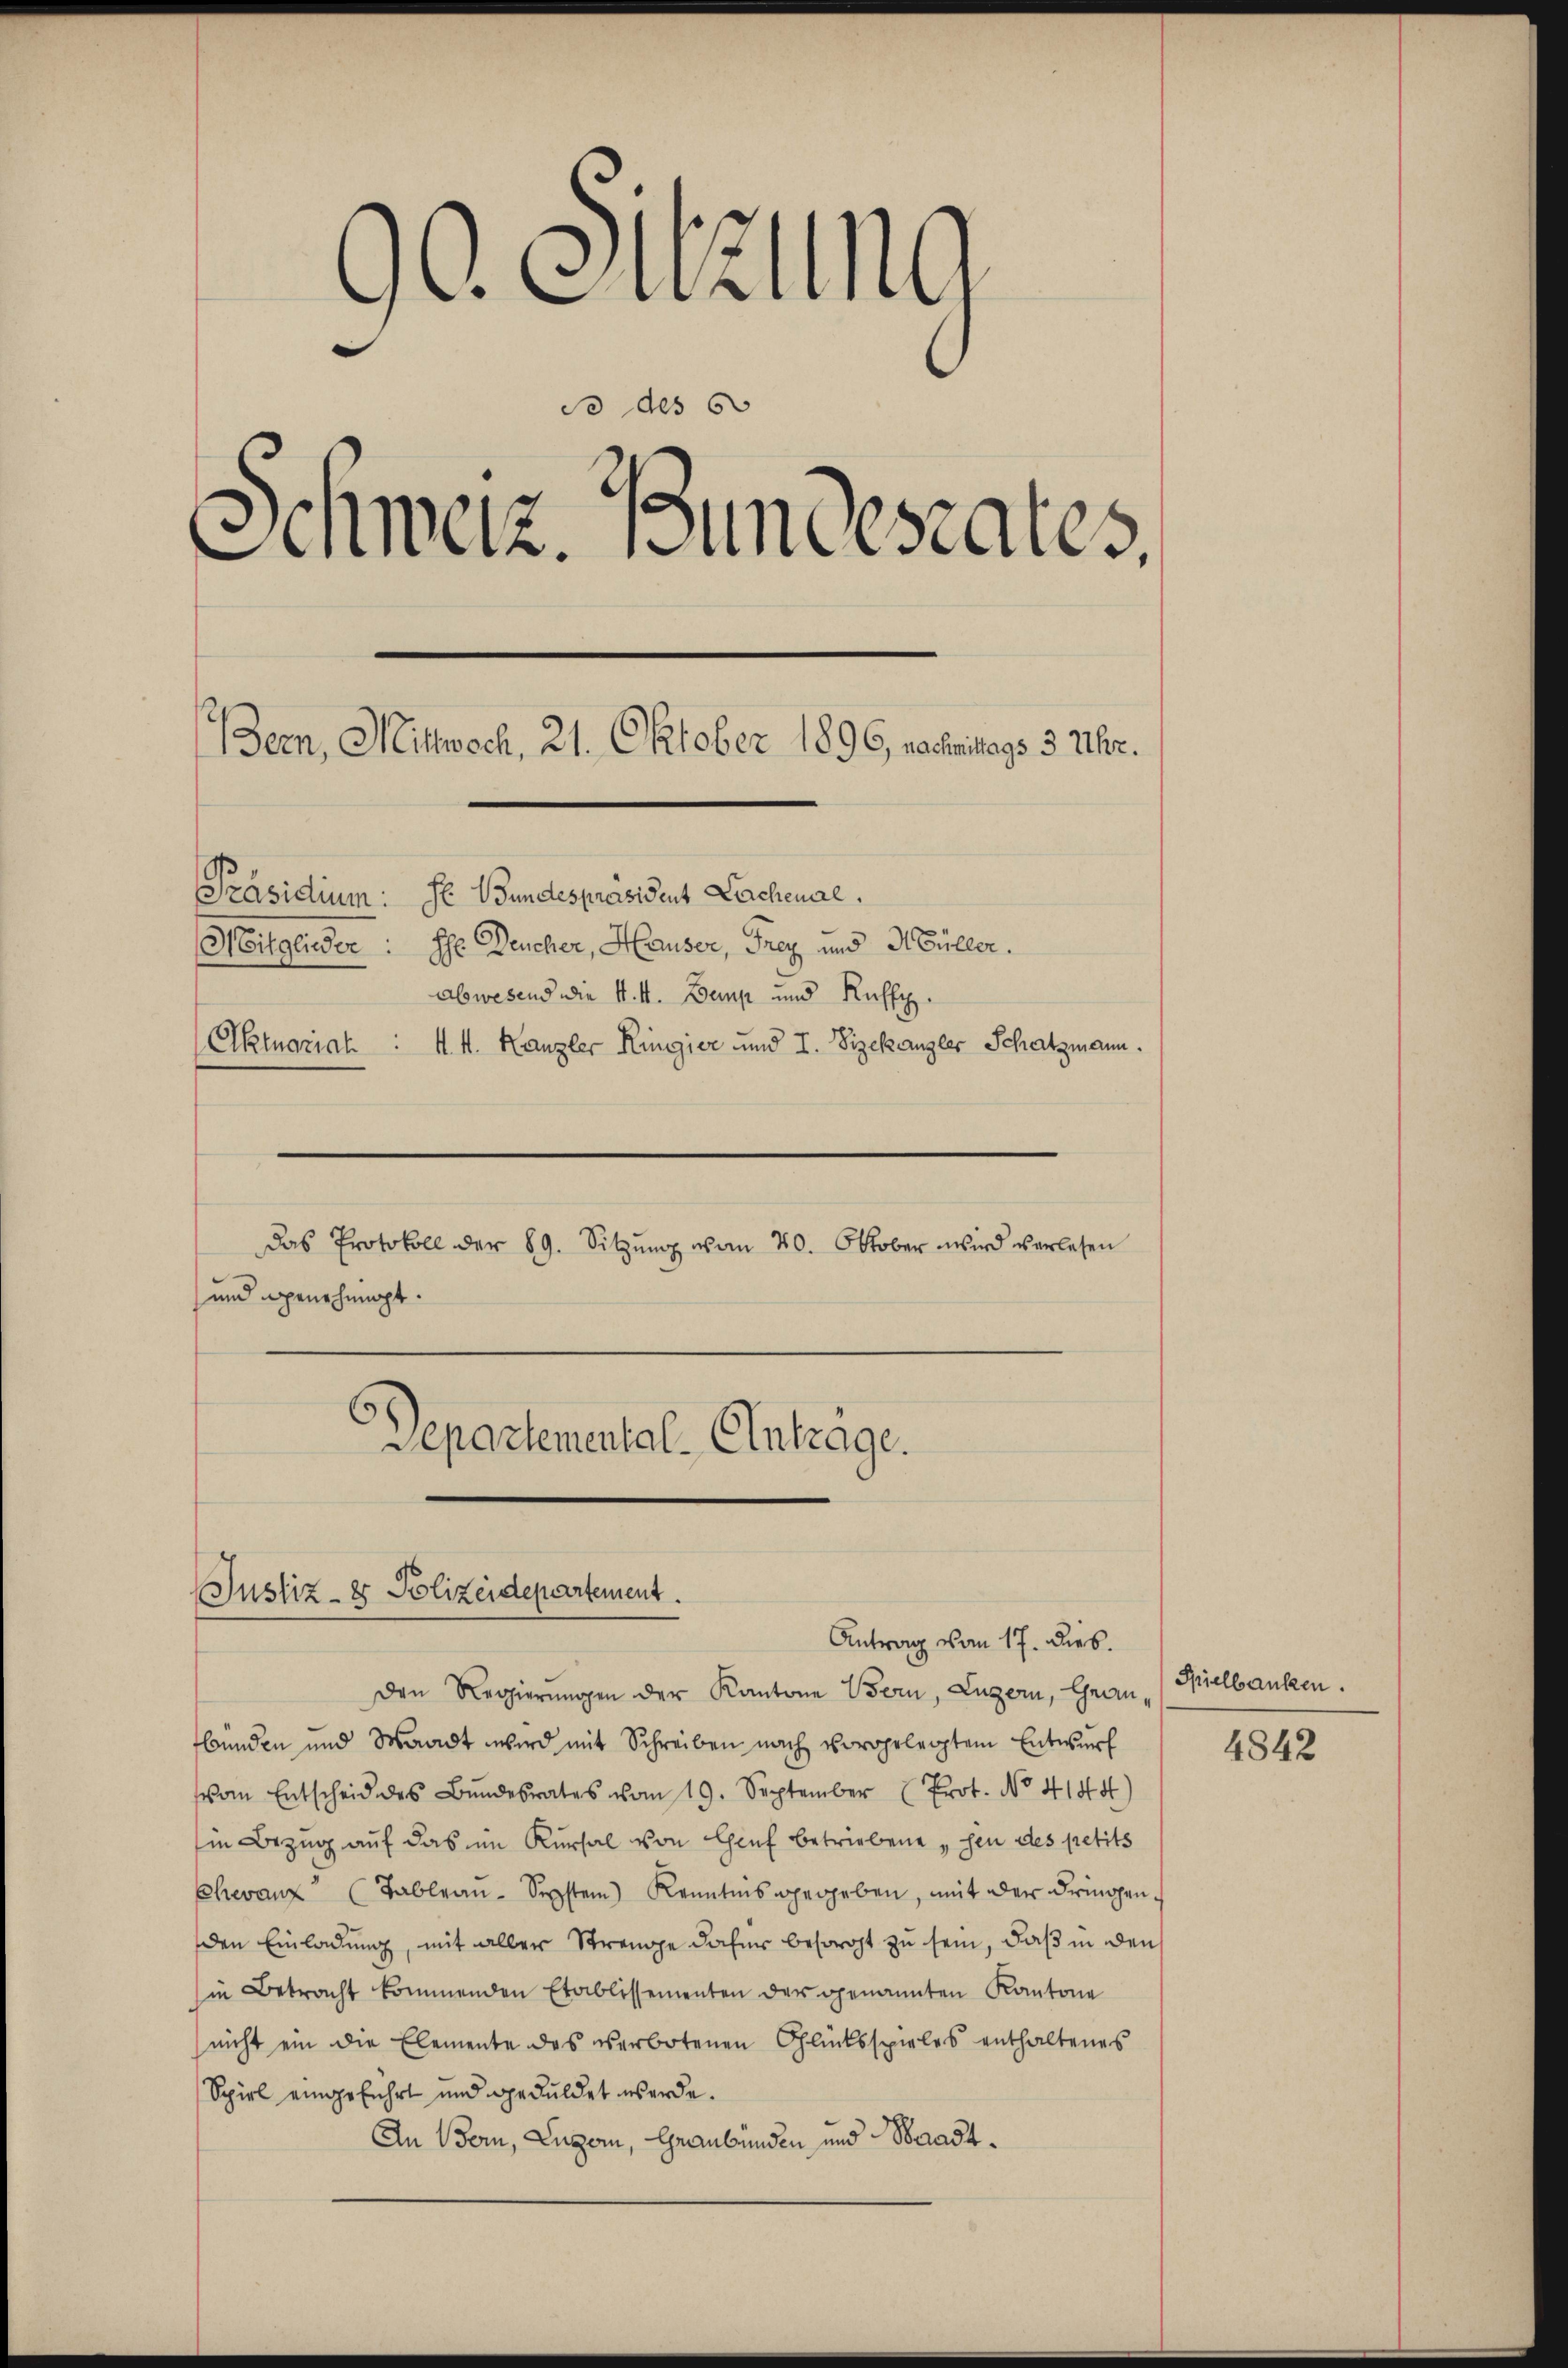
¬
r. Carly
do des 60
Schweiz. Bundesrates,
Bern, Mittwoch, 21. Oktober 1896, nachmitags 3 Uhr.
Präsidium: Se Hundespräsident Lachenal.
Mitglieder: Ihr Deucher, Hauser, Frey und Müller.
abwesend die k. k. Demp und Kuffe
Aktuariat : 1. M. Kanzler Ringier und I. Sizekanzler Schatzmann.

Das Protokoll der 89. Sitzŭng von 20. Oktober wird verlesen
und genehmigt.

Departemental-Antrage.
Justiz- & Polizeidepartement.
Antrag vom 17. dies

Den Regierungen der Kantone Bern, Luzern, Graubünden und Waadt wird mit Schreiben nach vorgelegtem Entwurf
vom Entscheid des Bŭndesrates vom 19. September (Prot. No. 4144)
in Bezug auf das im Kursal von Genf betriebene „sen des petits
Chevanz (Tableau - Septem) Kenntnis gegeben, mit der dringenden Einladung, mit aller Strenge daher besorgt zu sein, daß in den
in Betracht kommenden Etablissementen der genannten Kantone
nicht ein die Elemente des verbotenen Glücksspieles enthaltenes
Spiel eingeführt und geduldet werde.
An Bern, Luzern, Graubünden und Waadt¬

Spielbanken.

4842